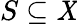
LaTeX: S\subseteq\mathit{X}